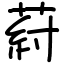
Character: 葤